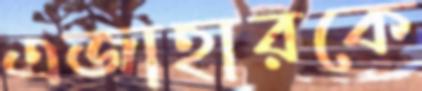
এজাহারকে